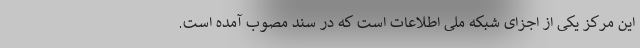
این مرکز یکی از اجزای شبکه ملی اطلاعات است که در سند مصوب آمده است.